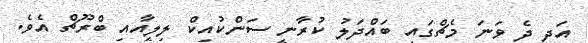
އަދި ދެ ވަނަ މެޗްގައި ބައްދަލު ކުރާނީ ސަންކުއިކް ލިލީއާއި ބްރޫޗް އެވެ.